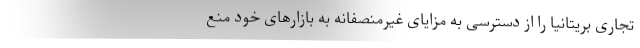
تجاری بریتانیا را از دسترسی به مزایای غیرمنصفانه به بازارهای خود منع